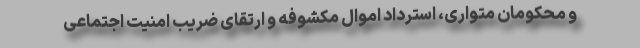
و محکومان متواری، استرداد اموال مکشوفه و ارتقای ضریب امنیت اجتماعی